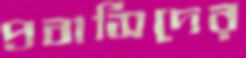
প্রবাসিদের